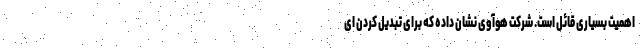
اهمیت بسیاری قائل است. شرکت هوآوی نشان داده که برای تبدیل کردن ای